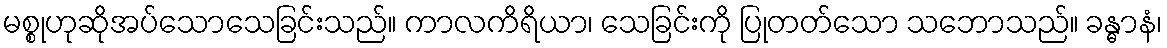
မစ္စုဟုဆိုအပ်သောသေခြင်းသည်။ ကာလကိရိယာ၊ သေခြင်းကို ပြုတတ်သော သဘောသည်။ ခန္ဓာနံ၊